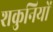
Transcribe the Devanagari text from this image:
शकुनियों